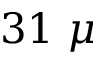
3 1 ~ \mu